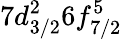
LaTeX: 7d_{3/2}^{2}6f_{7/2}^{5}